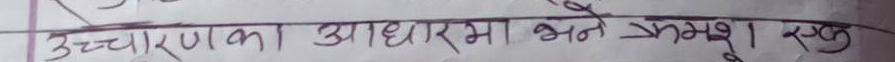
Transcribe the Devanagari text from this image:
उच्चारणका आधारमा भने क्रमश १ रख